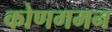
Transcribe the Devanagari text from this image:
कोणगमन